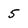
Character: 5